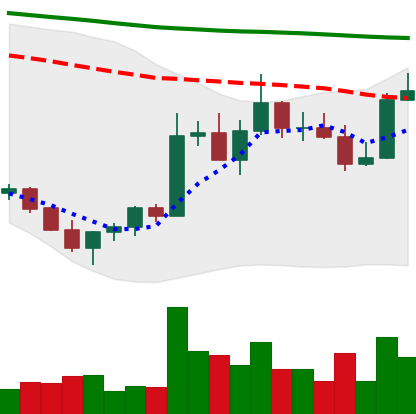
Ticker: ADA-USD
Chart end date: 2022-11-05
Forward return: -13.535%
Label: down_7plus